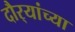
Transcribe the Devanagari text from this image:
दौर्‍यांच्या